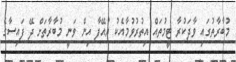
މުބާރާތުގައި ވާދަކުރާ ޓީމުތައް އިތުރުވުމާއެކު ޔުއޭފާ އިން ވަނީ މުބާރާތަށް ދޭ ފައިސާގެ